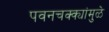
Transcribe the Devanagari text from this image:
पवनचक्क्यांमुळे